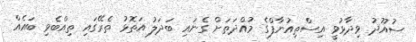
ސުއޫދު ވިދާޅުވީ އިސްތިއުނާފްގެ މުއްދަތަށް ގެނައި ބަދަލު އަތޮޅު ތެރޭގައި ތިއްބެވި ބައެއް